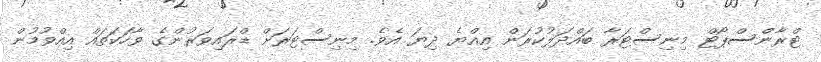
ޓްރާންސްޕޯޓް މިނިސްޓަރާ ބައްދަލުކުރަން އިއްޔެ ދިޔަ އެވެ. މިނިސްޓަރަށް ޑްރައިވަރުންގެ ވާހަކަތައް އިއްވުމުން